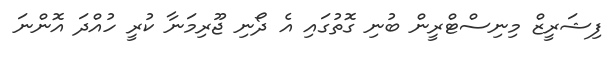
ފިޝަރީޒް މިނިސްޓްރީން ބުނި ގޮތުގައި އެ ދޯނި ޖޫރިމަނާ ކުރީ ހުއްދަ އޮންނަ